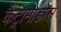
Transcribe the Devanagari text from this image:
कैट्रामोडोस